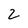
Character: 2